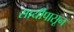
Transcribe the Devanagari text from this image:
सायीपासून